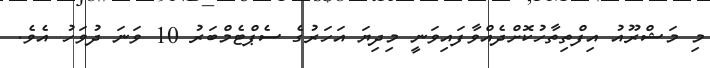
މި މަޝްރޫއު އިފްތިތާހުކޮށްދެއްވާފައިވަނީ މިދިޔަ އަހަރުގެ ސެޕްޓެމްބަރު 10 ވަނަ ދުވަހު އެވެ.